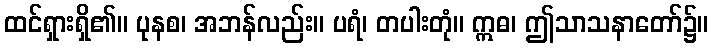
ထင်ရှားရှိ၏။ ပုနစ၊ အဘန်လည်း။ ပရံ၊ တပါးတုံ။ ဣဓ၊ ဤသာသနာတော်၌။